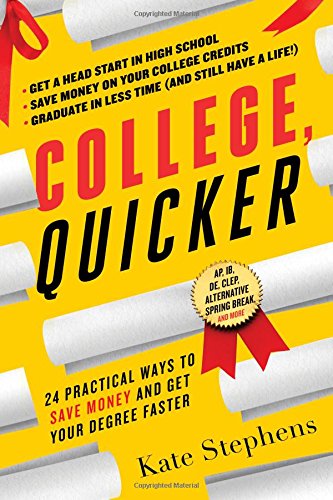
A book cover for College, Quicker: 24 Practical Ways to Save Money and Get Your Degree Faster; Kate Stephens; Education & Teaching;